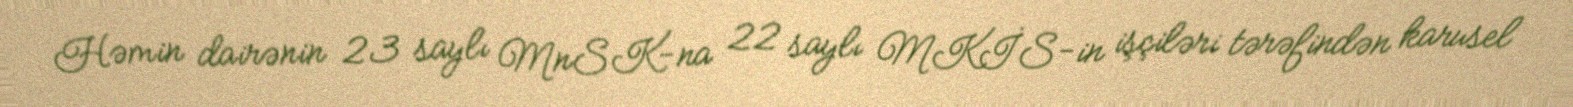
Həmin dairənin 23 saylı MnSK-na 22 saylı MKİS-in işçiləri tərəfindən karusel